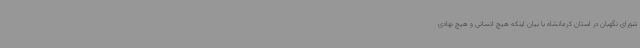
شورای نگهبان در استان کرمانشاه با بیان اینکه هیچ انسانی و هیچ نهادی